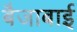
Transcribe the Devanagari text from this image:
बैजाबाई